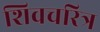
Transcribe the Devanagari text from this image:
शिवचरित्र